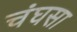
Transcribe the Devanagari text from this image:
चंघसा